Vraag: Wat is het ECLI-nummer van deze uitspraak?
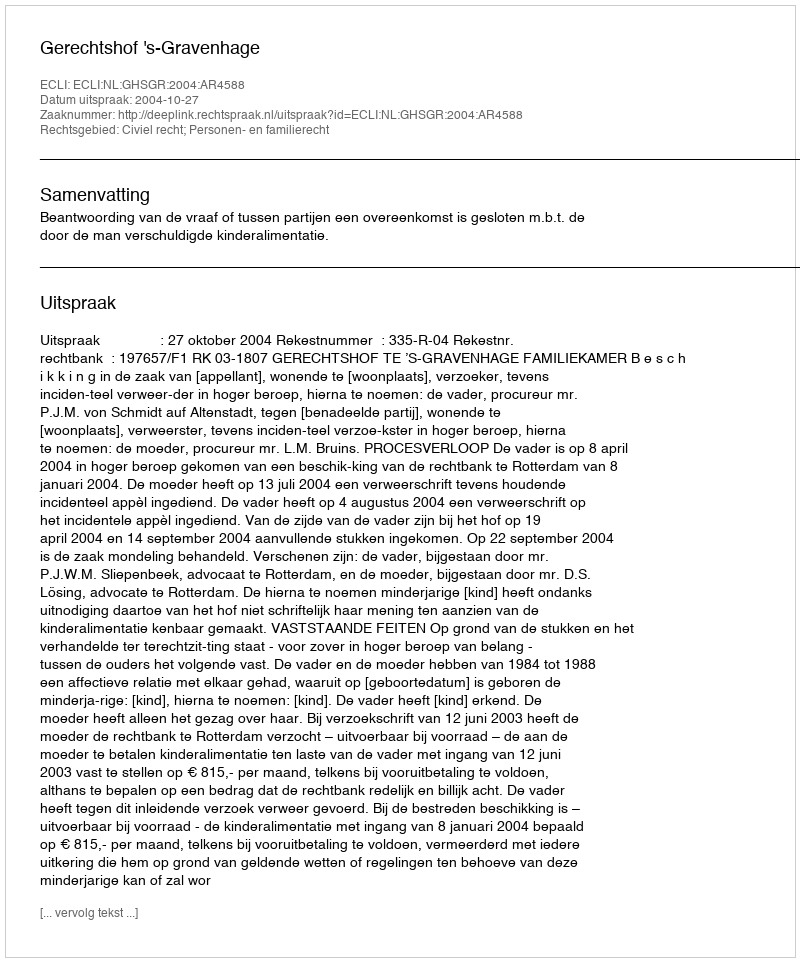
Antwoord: ECLI:NL:GHSGR:2004:AR4588